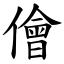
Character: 儈